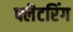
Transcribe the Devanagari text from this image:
फ्लैटरिंग